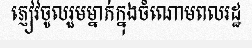
ភ្ញៀវចូលរួមម្នាក់ក្នុងចំណោមពលរដ្ឋ